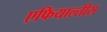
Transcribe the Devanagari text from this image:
एफियाल्तीस